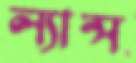
ল্যান্স